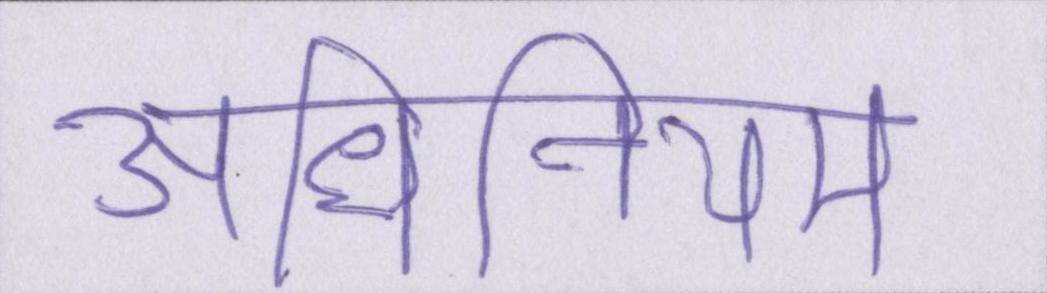
अधिनियम